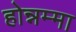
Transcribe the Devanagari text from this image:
होन्नम्मा